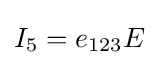
I_{5}=e_{123}E